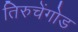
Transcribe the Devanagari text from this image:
तिरुचेंगोड